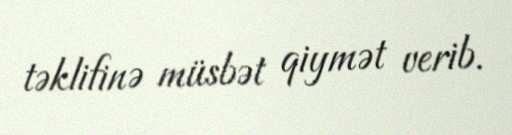
təklifinə müsbət qiymət verib.